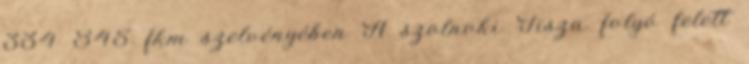
334 845 fkm szelvényében A szolnoki Tisza folyó felett